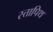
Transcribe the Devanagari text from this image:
स्त्तापिथ